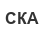
СКА